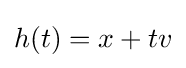
h(t)=x+tv